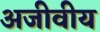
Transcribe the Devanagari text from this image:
अजीवीय